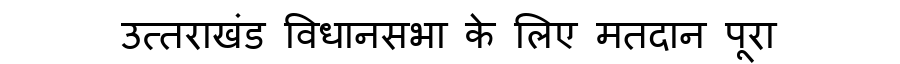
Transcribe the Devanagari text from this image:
उत्तराखंड विधानसभा के लिए मतदान पूरा